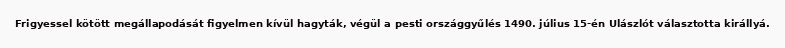
Frigyessel kötött megállapodását figyelmen kívül hagyták, végül a pesti országgyűlés 1490. július 15-én Ulászlót választotta királlyá.